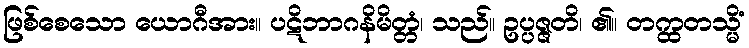
ဖြစ်စေသော ယောဂီအား။ ပဋိဘာဂနိမိတ္တံ၊ သည်။ ဥပ္ပဇ္ဇတိ၊ ၏။ တက္ထတသ္မိံ